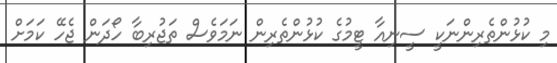
މި ކުޅުންތެރިންނަކީ ސީނިއާ ޓީމުގެ ކުޅުންތެރިން ނަމަވެސް ތަޖުރިބާ ހޯދަން ޖެހޭ ކަމަށް